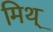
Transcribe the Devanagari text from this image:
मिथ्